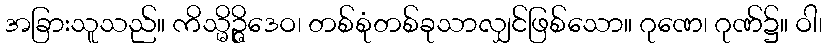
အခြားသူသည်။ ကိသ္မိဉ္ဇိဒေဝ၊ တစ်စုံတစ်ခုသာလျှင်ဖြစ်သော။ ဂုဏေ၊ ဂုဏ်၌။ ဝါ၊